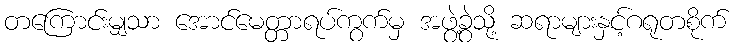
တကြောင်းမျှသာ အောင်မေတ္တာရပ်ကွက်မှ အဖွဲ့ခွဲသို့ ဆရာများနှင့်ဂရုတစိုက်